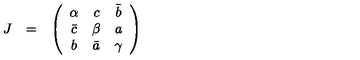
\begin{array} { c c c } { J } & { = } & { \left( \begin{array} { c c c } { \alpha } & { c } & { \bar { b } } \\ { \bar { c } } & { \beta } & { a } \\ { b } & { \bar { a } } & { \gamma } \\ \end{array} \right) } \\ \end{array}